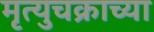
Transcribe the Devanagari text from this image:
मृत्युचक्राच्या